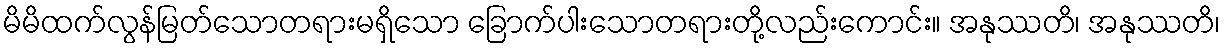
မိမိထက်လွန်မြတ်သောတရားမရှိသော ခြောက်ပါးသောတရားတို့လည်းကောင်း။ အနုဿတိ၊ အနုဿတိ၊